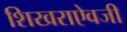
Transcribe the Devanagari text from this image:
शिखराऐवजी